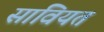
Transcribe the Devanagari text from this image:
सावियत